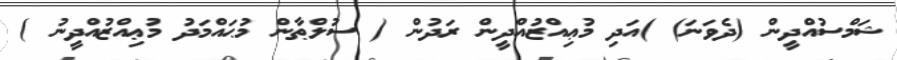
ޝަމްސުއްދީން (ދެވަނަ) )އަދި މުޢިއްޒުއްދީން ރަދުން ( ސުލްޠާން މުޙައްމަދު މުޢިއްޒުއްދީނު )